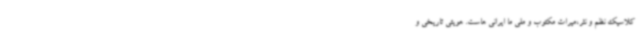
کلاسیک نظم و نثر،میراث مکتوب و ملی ما ایرانی هاست. هویتی تاریخی و